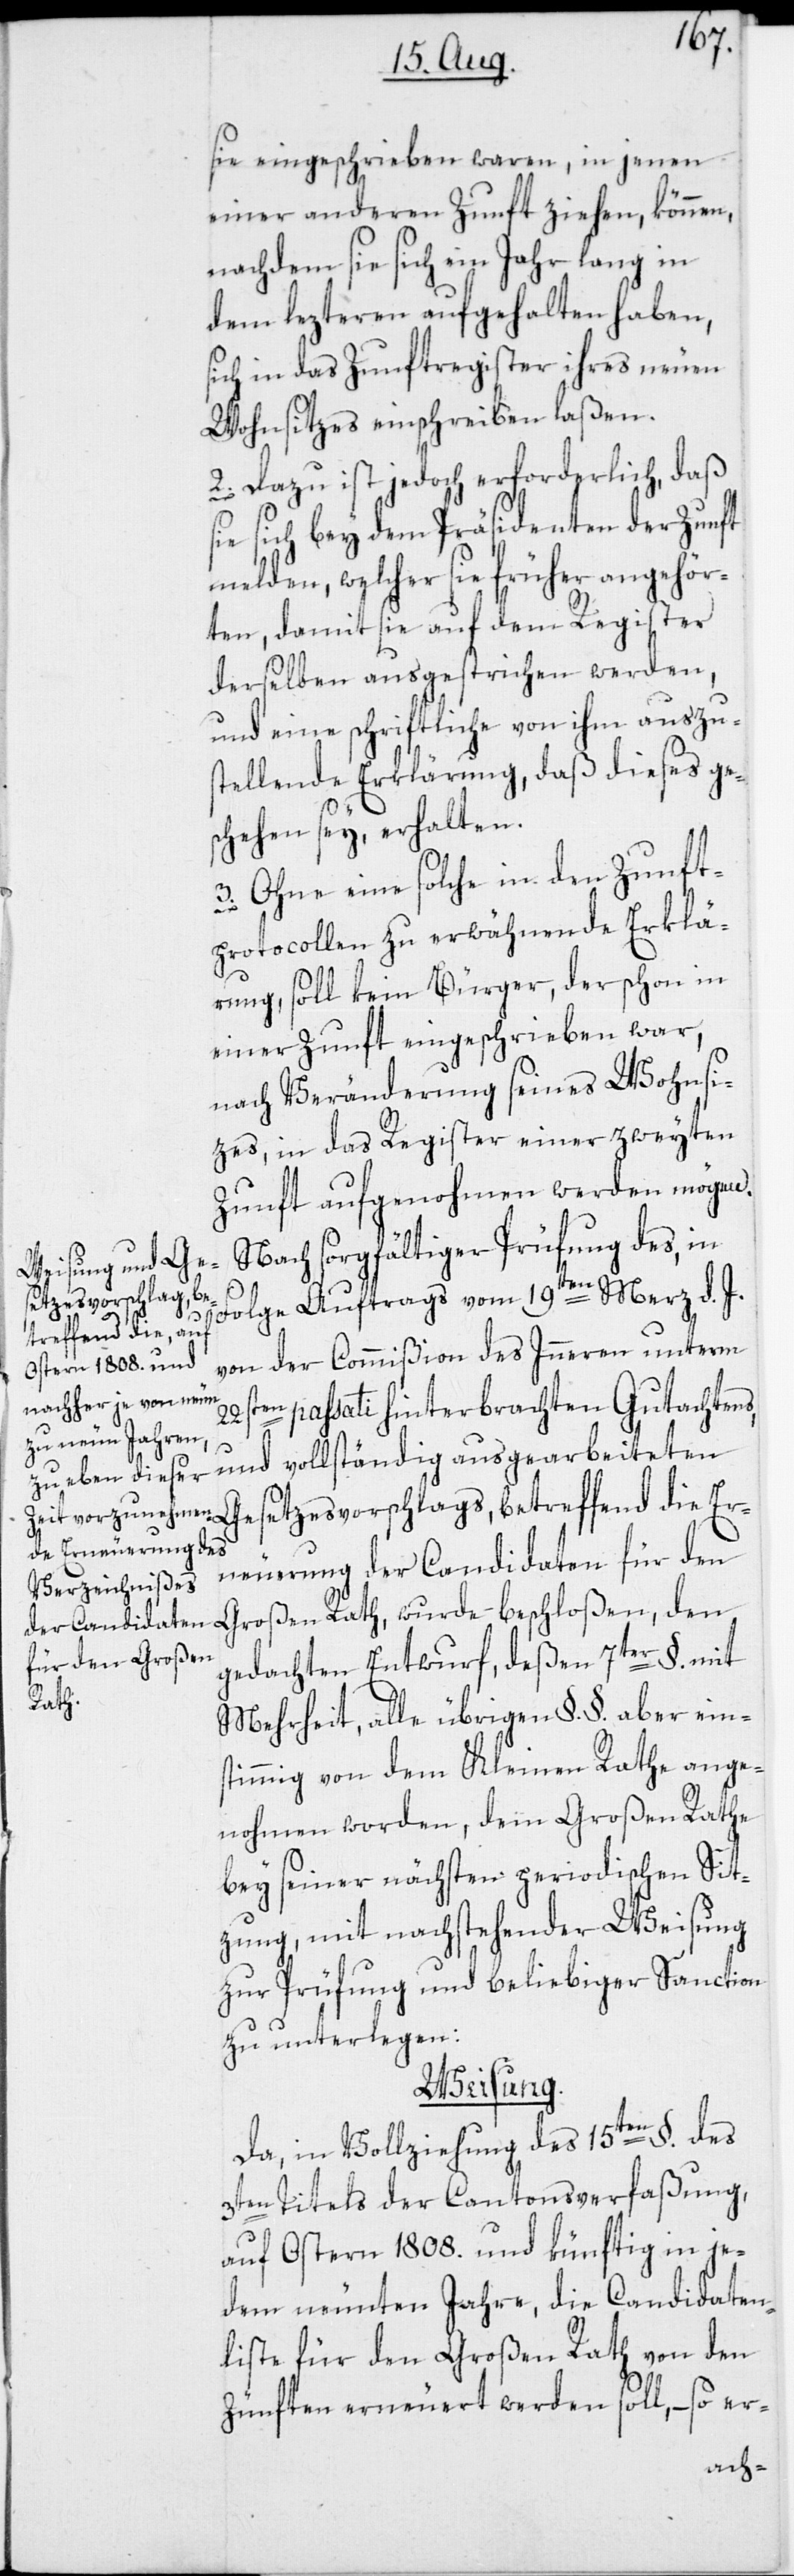
sie eingeschrieben waren, in jenen
einer anderen Zunft ziehen, können,
nachdem sie sich ein Jahr lang in
dem lezteren aufgehalten haben,
sich in das Zunftregister ihres neuen
Wohnsitzes einschreiben laßen.
2. Dazu ist jedoch erforderlich, daß
ie sich bey dem Präsidenten der Zunft
melden, welcher sie früher angehör¬
ten, damit sie auf dem Register
derselben ausgestrichen werden,
und eine schriftliche von ihm auszu¬
stellende Erklärung, daß dieses ge¬
schehen sey, erhalten.
3. Ohne eine solche in den Zunft¬
protocollen zu erwähnende Erklä¬
rung, soll kein Bürger, der schon in
einer Zunft eingeschrieben war,
nach Veränderung seines Wohnsi¬
tzes, in das Register einer zweyten
Zunft aufgenohmen werden mögen.
Nach sorgfältiger Prüfung des, in
etzesvorschlags, be¬
Folge Auftrags vom 19ten Merz d. J.
treffend die Er¬
von der Commißion des Inneren unterm
22sten passati hinterbrachten Gutachtens,
und vollständig ausgearbeiteten
den
neuerung der Candidaten für den
gedachten Entwurf, deßen 7ter §. mit
Rath,
Mehrheit, alle übrigen §.§. aber ein¬
stimmig von dem Kleinen Rathe ange¬
nohmen worden, dem Großen Rathe
bey seiner nächsten periodischen Sit¬
zung, mit nachstehender Weisung
zur Prüfung und beliebiger Sanction
zu unterlegen:
Weisung.
Da, in Vollziehung des 15ten §. des
3ten Titels der Cantonsverfaßung,
auf Ostern 1808. und künftig in je¬
dem neunten Jahre, die Candidaten¬
liste für den Großen Rath von den
Zünften erneuert werden soll, – so er-